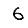
Digit: 6